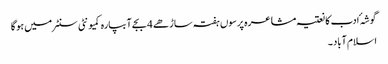
گوشہٴ ادب کا نعتیہ مشاعرہ پرسوں ہفتہ ساڑھے 4 بجے آبپارہ کمیونٹی سنٹر میں ہو گا
اسلام آباد ۔